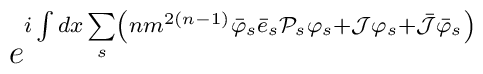
e^{i \int dx \sum\limits_s \left( nm^{2\left(n-1\right)}{\bar{\varphi}}_s {\bar{e}}_s {{\cal P}}_s {\varphi}_s +{\cal J} {\varphi}_s + \bar{{\cal J}} {\bar{\varphi}}_s \right)}